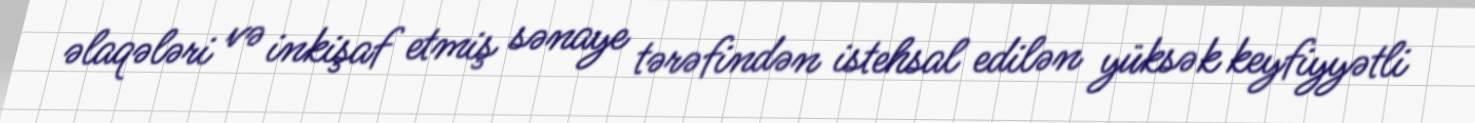
əlaqələri və inkişaf etmiş sənaye tərəfindən istehsal edilən yüksək keyfiyyətli